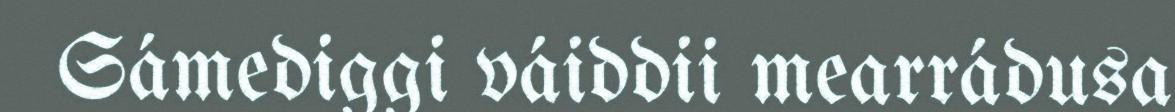
Sámediggi váiddii mearrádusa